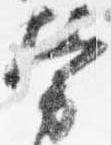
労